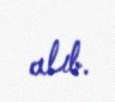
alıb.